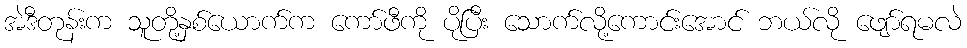
အဲဒီတုန်းက သူတို့နှစ်ယောက်က ကော်ဖီကို ပိုပြီး သောက်လို့ကောင်းအောင် ဘယ်လို ဖျော်ရမလဲ